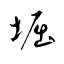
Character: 堀